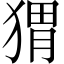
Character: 猬